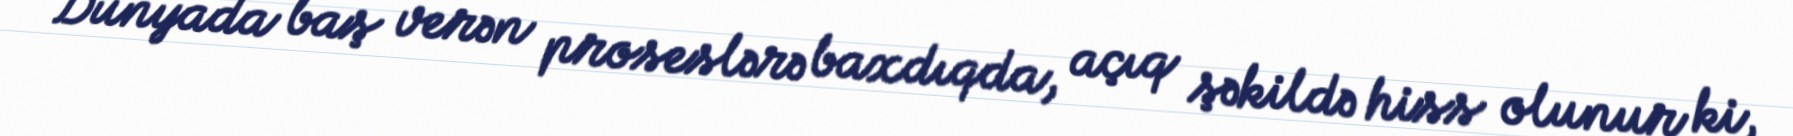
Dünyada baş verən proseslərə baxdıqda, açıq şəkildə hiss olunur ki,